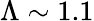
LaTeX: \Lambda\sim 1.1